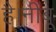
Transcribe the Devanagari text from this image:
है।नींबू